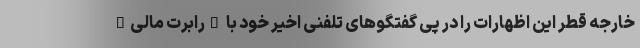
خارجه قطر این اظهارات را در پی گفتگوهای تلفنی اخیر خود با "رابرت مالی"